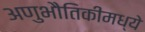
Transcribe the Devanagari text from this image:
अणुभौतिकीमध्ये